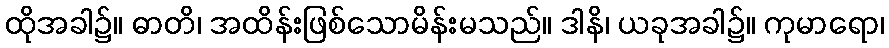
ထိုအခါ၌။ ဓာတိ၊ အထိန်းဖြစ်သောမိန်းမသည်။ ဒါနိ၊ ယခုအခါ၌။ ကုမာရော၊